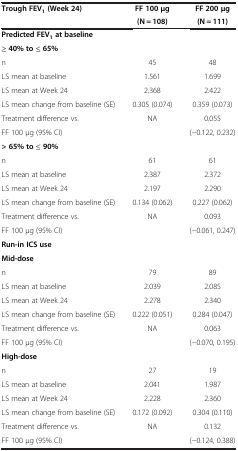
| Trough FEV1 (Week 24) | FF 100 μg | FF 200 μg |
 |  | (N = 108) | (N = 111) |
 | --- | --- | --- |
 | <COLSPAN=3> Predicted FEV1 at baseline |
 | <COLSPAN=3> ≥ 40% to ≤ 65% |
 | n | 45 | 48 |
 | LS mean at baseline | 1.561 | 1.699 |
 | LS mean at Week 24 | 2.368 | 2.422 |
 | LS mean change from baseline (SE) | 0.305 (0.074) | 0.359 (0.073) |
 | Treatment difference vs. | NA | 0.055 |
 | FF 100 μg (95% CI) |  | (-0.122, 0.232) |
 | <COLSPAN=3> > 65% to ≤ 90% |
 | n | 61 | 61 |
 | LS mean at baseline | 2.387 | 2.372 |
 | LS mean at Week 24 | 2.197 | 2.290 |
 | LS mean change from baseline (SE) | 0.134 (0.062) | 0.227 (0.062) |
 | Treatment difference vs. | NA | 0.093 |
 | FF 100 μg (95% CI) |  | (-0.061, 0.247) |
 | <COLSPAN=3> Run-in ICS use |
 | <COLSPAN=3> Mid-dose |
 | n | 79 | 89 |
 | LS mean at baseline | 2.039 | 2.085 |
 | LS mean at Week 24 | 2.278 | 2.340 |
 | LS mean change from baseline (SE) | 0.222 (0.051) | 0.284 (0.047) |
 | Treatment difference vs. | NA | 0.063 |
 | FF 100 μg (95% CI) |  | (-0.070, 0.195) |
 | <COLSPAN=3> High-dose |
 | n | 27 | 19 |
 | LS mean at baseline | 2.041 | 1.987 |
 | LS mean at Week 24 | 2.228 | 2.360 |
 | LS mean change from baseline (SE) | 0.172 (0.092) | 0.304 (0.110) |
 | Treatment difference vs. | NA | 0.132 |
 | FF 100 μg (95% CI) |  | (-0.124, 0.388) |